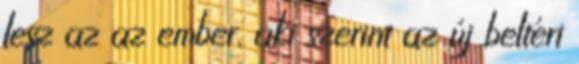
lesz az az ember, aki szerint az új beltéri